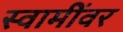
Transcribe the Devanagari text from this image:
स्वामींवर